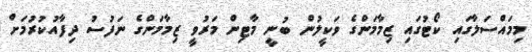
މިމައްސަލާގައި ކޯޓުގައި ޒިމާމަންގެ ވަކީލުން ބުނީ މާޓިން މަރުވީ ޒިމާމަންގެ ނަފުސު ދިފާއުކުރުމަށް